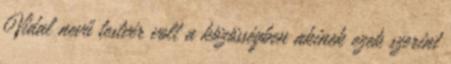
Vidal nevű testvér volt a közösségben akinek ezek szerint